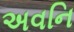
અવનિ